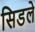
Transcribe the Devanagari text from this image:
सिडले